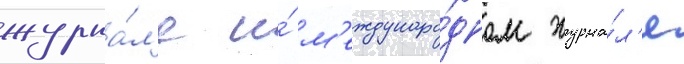
журна́л'е и́ м'еждунаро́дном журна́л'е